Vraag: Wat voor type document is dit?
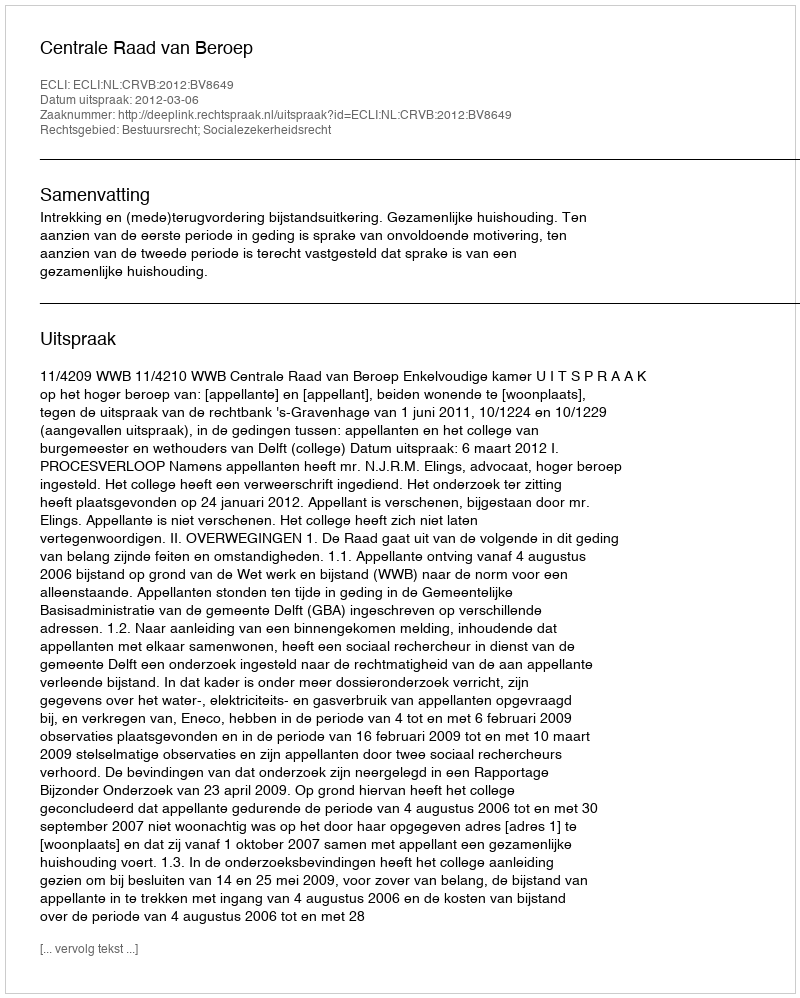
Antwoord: Uitspraak